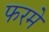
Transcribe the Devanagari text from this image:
फरमें